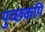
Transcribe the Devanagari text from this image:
पुच्छकपि